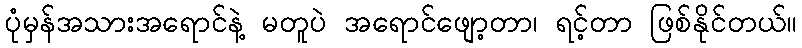
ပုံမှန်အသားအရောင်နဲ့ မတူပဲ အရောင်ဖျော့တာ၊ ရင့်တာ ဖြစ်နိုင်တယ်။